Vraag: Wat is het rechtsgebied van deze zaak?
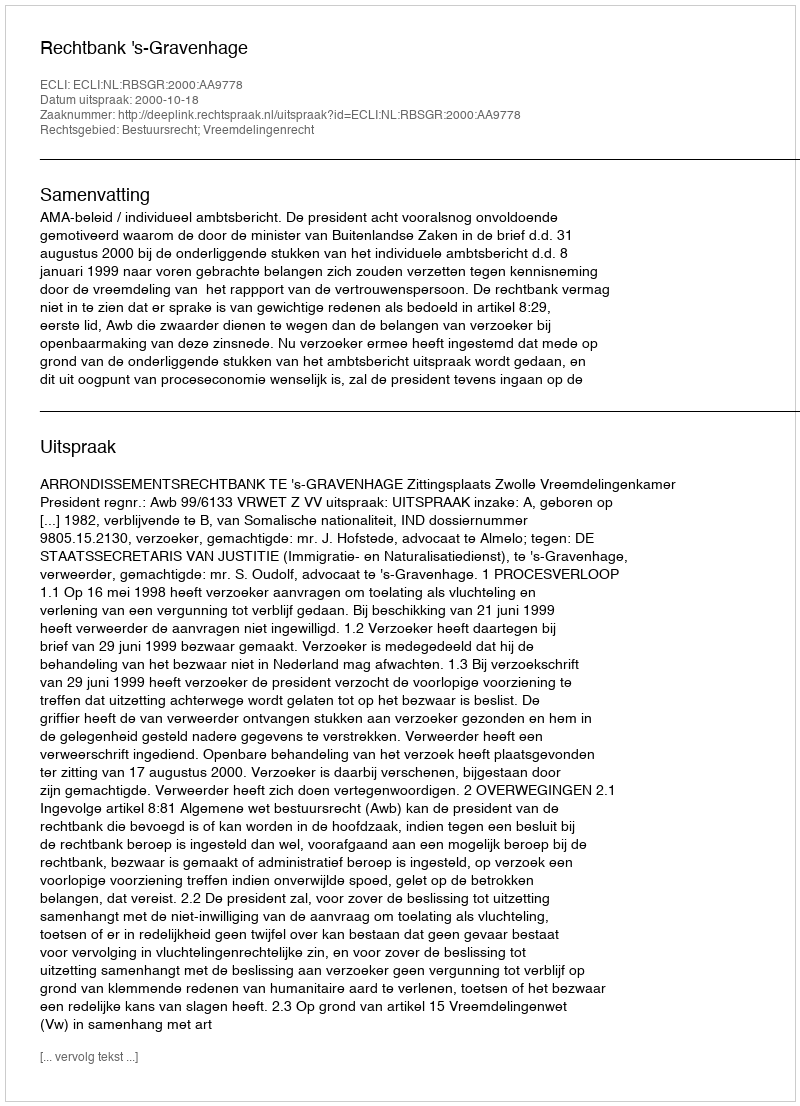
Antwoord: Bestuursrecht; Vreemdelingenrecht